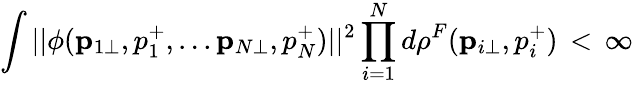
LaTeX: \int||\phi({\mathbf p}_{1\bot},p_{1}^{+},...{\mathbf p}_{N\bot},p_{N}^{+})||^{2}\prod_{i=1}^{N}d\rho^{F}({\mathbf p}_{i\bot},p_{i}^{+})\, <\, \infty